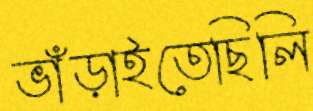
ভাঁড়াইতেছিলি